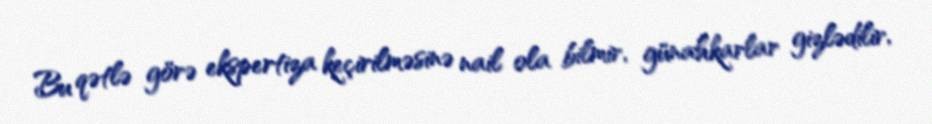
Bu qətlə görə ekspertiza keçirilməsinə nail ola bilmir, günahkarlar gizlədilir,